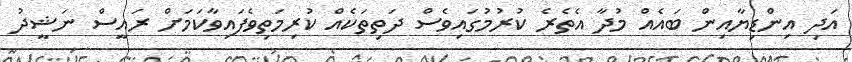
އަދި އިންޑިޔާއިން ބައެއް މުދާ އެތެރެ ކުރުމުގައިވެސް ދަތިތަކެއް ކުރިމަތިވެފައިވާކަމަށް ރައީސް ނަޝީދު